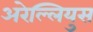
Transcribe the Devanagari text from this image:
अरेल्लियुस